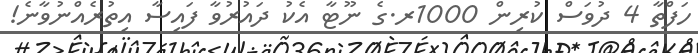
ހަފްތާ 4 ދުވަސް ކުރިން 1000ރ.ގެ ނޫޓާ އެކު ދައުރުވާ ފައިސާ އިތުރެއްނުވާނެ!